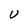
Character: U